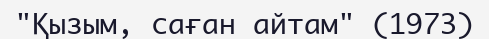
"Қызым, саған айтам" (1973)